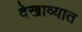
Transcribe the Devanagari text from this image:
देखाव्यात